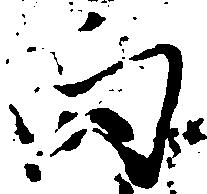
向